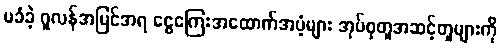
မခံခဲ့ ဂူလန်အမြင်အရ ငွေကြေးအထောက်အပံ့များ အုပ်စုတူအဆင့်တူများကို